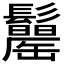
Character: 𩯾